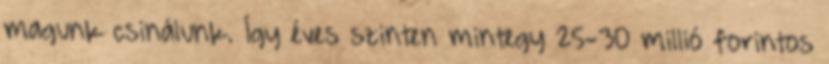
magunk csinálunk. Így éves szinten mintegy 25-30 millió forintos